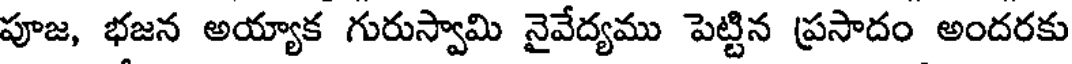
పూజ, భజన అయ్యాక గురుస్వామి నైవేద్యము పెట్టిన ప్రసాదం అందరకు